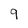
Character: 9